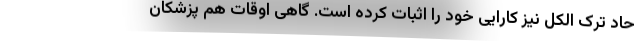
حاد ترک الکل نیز کارایی خود را اثبات کرده است. گاهی اوقات هم پزشکان